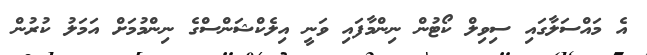
އެ މައްސަލާގައި ސިވިލް ކޯޓުން ނިންމާފައި ވަނީ އިލެކްޝަންސްގެ ނިންމުމަށް އަމަލު ކުރުން